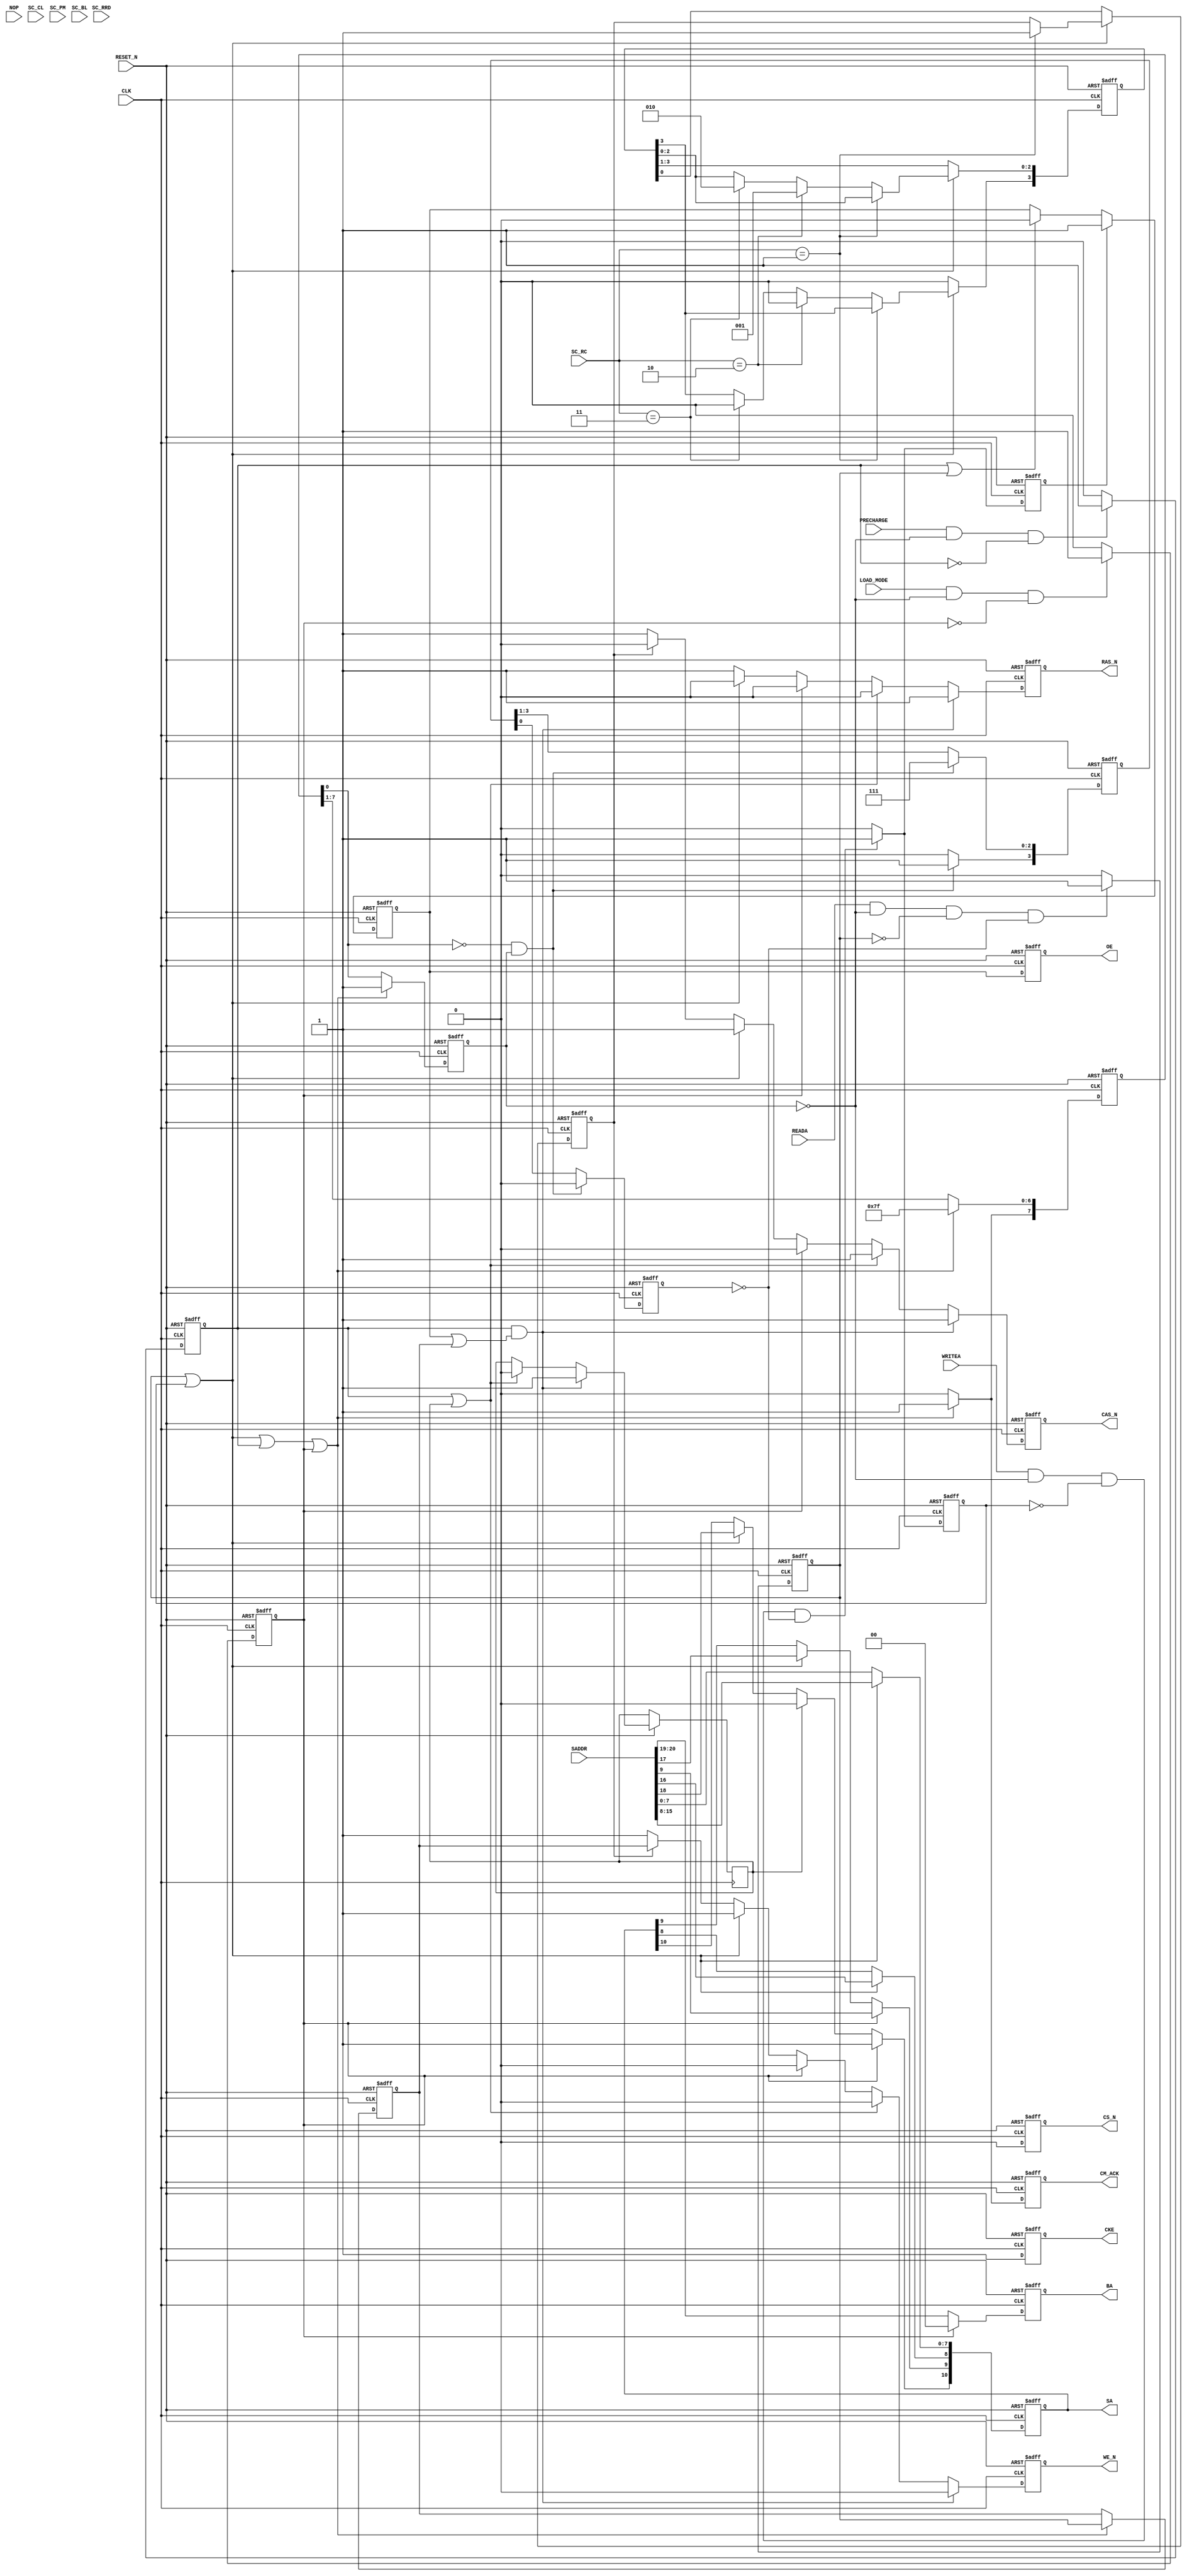
// This program was cloned from: https://github.com/verimake-team/SparkRoad-V
// License: MIT License




module command(CLK, RESET_N, SADDR, NOP, READA, WRITEA, PRECHARGE, LOAD_MODE, SC_CL, SC_RC, SC_RRD, SC_PM, SC_BL, CM_ACK, OE, SA, BA, CS_N, CKE, RAS_N, CAS_N, WE_N);
   
   parameter           ASIZE = 21;
   parameter           DSIZE = 32;
   parameter           ROWSIZE = 11;
   parameter           COLSIZE = 8;
   parameter           BANKSIZE = 2;
   parameter           ROWSTART = 8;
   parameter           COLSTART = 0;
   parameter           BANKSTART = 19;
   
   input               CLK;
   input               RESET_N;
   input [ASIZE-1:0]   SADDR;
   input               NOP;
   input               READA;
   input               WRITEA;
   input               PRECHARGE;
   input               LOAD_MODE;
   input [1:0]         SC_CL;
   input [1:0]         SC_RC;
   input [3:0]         SC_RRD;
   input               SC_PM;
   input [3:0]         SC_BL;
   output              CM_ACK;
   reg                 CM_ACK;
   output              OE;
   reg                 OE;
   output [10:0]       SA;
   reg [10:0]          SA;
   output [1:0]        BA;
   reg [1:0]           BA;
   output              CS_N;
   reg                 CS_N;
   output              CKE;
   reg                 CKE;
   output              RAS_N;
   reg                 RAS_N;
   output              CAS_N;
   reg                 CAS_N;
   output              WE_N;
   reg                 WE_N;
   
   
   reg                 do_reada;
   reg                 do_writea;
   reg                 do_writea1;
   reg                 do_precharge;
   reg                 do_load_mode;
   reg                 command_done;
   reg [7:0]           command_delay;
   reg [3:0]           rw_shift;
   wire                do_act;
   reg                 rw_flag;
   reg                 do_rw;
   reg                 oe1;
   reg [3:0]           rp_shift;
   reg                 rp_done;
   wire [ROWSIZE-1:0]  rowaddr;
   wire [COLSIZE-1:0]  coladdr;
   wire [BANKSIZE-1:0] bankaddr;
	reg                 bankclose;
   
   wire                REF_REQ_int;
   
   assign rowaddr = SADDR[ROWSTART + ROWSIZE - 1:ROWSTART];
   assign coladdr = SADDR[COLSTART + COLSIZE - 1:COLSTART];
   assign bankaddr = SADDR[BANKSTART + BANKSIZE - 1:BANKSTART];
   
   
   always @(posedge CLK or negedge RESET_N)
      if (RESET_N == 1'b0)
      begin
         do_reada <= 1'b0;
         do_writea <= 1'b0;
         do_precharge <= 1'b0;
         do_load_mode <= 1'b0;
         command_done <= 1'b0;
         command_delay <= {8{1'b0}};
         rw_flag <= 1'b0;
         rp_shift <= {4{1'b0}};
         rp_done <= 1'b0;
         do_writea1 <= 1'b0;
      end
      else 
      begin
         if ((READA == 1'b1) & (command_done == 1'b0) & (do_reada == 1'b0) & (rp_done == 1'b0) )
            do_reada <= 1'b1;
         else
            do_reada <= 1'b0;
         
         if ((WRITEA == 1'b1) & (command_done == 1'b0) & (do_writea == 1'b0) & (rp_done == 1'b0) )
         begin
            do_writea <= 1'b1;
            do_writea1 <= 1'b1;
         end
         else
         begin
            do_writea <= 1'b0;
            do_writea1 <= 1'b0;
         end
         
         if ((PRECHARGE == 1'b1) & (command_done == 1'b0) & (do_precharge == 1'b0))
            do_precharge <= 1'b1;
         else
            do_precharge <= 1'b0;
         
         if ((LOAD_MODE == 1'b1) & (command_done == 1'b0) & (do_load_mode == 1'b0))
            do_load_mode <= 1'b1;
         else
            do_load_mode <= 1'b0;
         
         if ( (do_reada == 1'b1) | (do_writea == 1'b1) | (do_precharge == 1'b1) | (do_load_mode == 1'b1))
         begin
            command_delay <= 8'b11111111;
            command_done <= 1'b1;
            rw_flag <= do_reada;
         end
         else
         begin
            
            command_done <= command_delay[0];
            command_delay[6:0] <= command_delay[7:1];
            command_delay[7] <= 1'b0;
         end
         
         if (command_delay[0] == 1'b0 & command_done == 1'b1)
         begin
            rp_shift <= 4'b1111;        //only need three cycle to close row 
            rp_done <= 1'b0;
         end
         else
         begin
            rp_done <= rp_shift[0];
            rp_shift[2:0] <= rp_shift[3:1];
            rp_shift[3] <= 1'b0;
         end
      end
   
   
   always @(posedge CLK or negedge RESET_N)
      if (RESET_N == 1'b0)
      begin
         oe1 <= 1'b0;
         OE <= 1'b0;
      end
      else 
      begin
            if (do_writea1 == 1'b1)
               oe1 <= 1'b1;
            else if (do_precharge == 1'b1 | do_reada == 1'b1 )
               oe1 <= 1'b0;
            OE <= oe1;
      end
   
 //generate row active to column active delay   
   always @(posedge CLK or negedge RESET_N)
      if (RESET_N == 1'b0)
      begin
         rw_shift <= {4{1'b0}};
         do_rw <= 1'b0;
      end
      else 
      begin
         if ((do_reada == 1'b1) | (do_writea == 1'b1))
         begin
            if (SC_RC == 2'b01)
               do_rw <= 1'b1;
            else if (SC_RC == 2'b10)
               rw_shift <= 4'b0001;
            else if (SC_RC == 2'b11)
               rw_shift <= 4'b0010;
         end
         else
         begin
            rw_shift[2:0] <= rw_shift[3:1];
            rw_shift[3] <= 1'b0;
            do_rw <= rw_shift[0];
         end
      end
   
   
   always @(posedge CLK or negedge RESET_N)
      if (RESET_N == 1'b0)
      begin
         CM_ACK <= 1'b0;
      end
      else 
      begin
          if ( (do_reada == 1'b1) | (do_writea == 1'b1) | (do_precharge == 1'b1) | (do_load_mode == 1'b1))
            CM_ACK <= 1'b1;
         else
         begin
            CM_ACK <= 1'b0;
         end
      end
   
   
   always @(posedge CLK or negedge RESET_N)
      if (RESET_N == 1'b0)
      begin
         SA <= {11{1'b0}};
         BA <= {2{1'b0}};
         CS_N <= 1'b1;
         RAS_N <= 1'b1;
         CAS_N <= 1'b1;
         WE_N <= 1'b1;
         CKE <= 1'b0;
      end
      
      else 
      begin
         CKE <= 1'b1;
			CS_N <= 1'b0;
         
         if (do_writea == 1'b1 | do_reada == 1'b1)
            SA[ROWSIZE - 1:0] <= rowaddr;
         else
            SA[COLSIZE - 1:0] <= coladdr;
			if (bankclose)
            SA[10] <= 1'b0;
			if (do_load_mode == 1'b1)begin    // enable the single address write and page read 
				SA[9]  <= SADDR[9] ; 
				SA[10] <= 1'b1;
			end
         if (do_load_mode == 1'b1)
            BA <= 2'b00;
         else
            BA <= bankaddr[1:0];
         
         if ((do_precharge==1'b1) && ((oe1 == 1'b1) || (rw_flag == 1'b1))) begin      // burst terminate if write is active
            RAS_N <= 1'b1;
            CAS_N <= 1'b1;
            WE_N  <= 1'b0;
				bankclose <= 1'b1;
			end 
         else if ((do_precharge == 1'b1) || (bankclose == 1'b1))
         begin
            RAS_N <= 1'b0;
            CAS_N <= 1'b1;
            WE_N <= 1'b0;
				bankclose <= 1'b0;
         end
         else if (do_load_mode == 1'b1)
         begin
            RAS_N <= 1'b0;
            CAS_N <= 1'b0;
            WE_N <= 1'b0;
         end
         else if (do_reada == 1'b1 | do_writea == 1'b1)
         begin
            RAS_N <= 1'b0;
            CAS_N <= 1'b1;
            WE_N <= 1'b1;
         end
         else if (do_rw == 1'b1)
         begin
            RAS_N <= 1'b1;
            CAS_N <= 1'b0;
            WE_N <= rw_flag;
         end
         else
         begin
            RAS_N <= 1'b1;
            CAS_N <= 1'b1;
            WE_N <= 1'b1;
         end
      end
   
endmodule